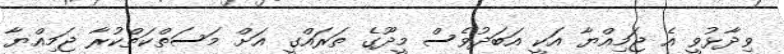
ވިދާޅުވީ އެ ޖަމިއްޔާ އަކީ އަބަދުވެސް މީދޫގެ ތަރައްގީ އަށް މަސަތްކަތްކުރާ ޖަމިއްޔާ